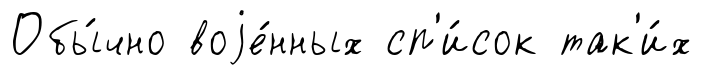
Обы́чно воjе́нных сп'и́сок так'и́х